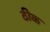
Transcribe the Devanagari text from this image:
ठीेक